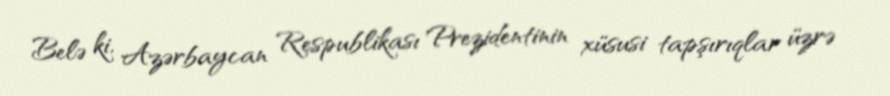
Belə ki, Azərbaycan Respublikası Prezidentinin xüsusi tapşırıqlar üzrə